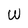
Character: w